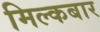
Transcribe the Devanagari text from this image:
मिल्कबार